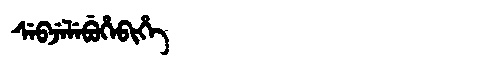
Manchu: ᠰᡝᠪᠵᡝᠯᡝᠪᡠᡥᡝᠪᡳᡥᡝ
Romanization: SEBJELEBUHEBIHE